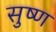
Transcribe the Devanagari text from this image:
सुष्ण